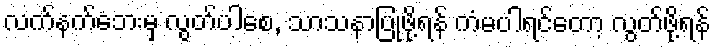
လက်နက်ဘေးမှ လွတ်ပါစေ, သာသနာပြုဖို့ရန် ကံမပါရင်တော့ လွတ်ဖို့ရန်